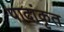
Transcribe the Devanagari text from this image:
पादांकृत